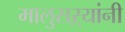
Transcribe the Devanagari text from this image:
मालुसऱ्यांनी